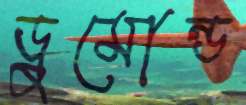
ড্রুমোন্ড